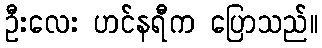
ဦးလေး ဟင်နရီက ပြောသည်။